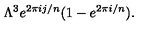
\Lambda ^ { 3 } e ^ { 2 \pi i j / n } ( 1 - e ^ { 2 \pi i / n } ) .